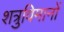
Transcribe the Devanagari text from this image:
शत्रुविमानों